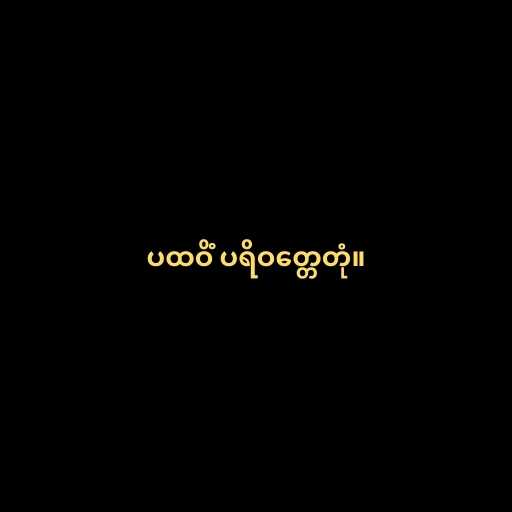
ပထဝိံ ပရိဝတ္တေတုံ။